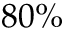
8 0 \%